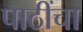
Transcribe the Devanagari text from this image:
पाठींचा